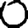
Digit: 0